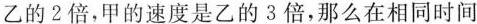
乙的2倍，甲的速度是乙的3倍，那么在相同时间